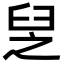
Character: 𦥧